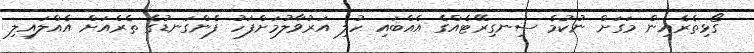
ގޯޅިތެރެއިން މަގަށް ނުކުމެ ސިނގިރޭޓެއްގެ އެއްބައި ހުލި އަރުވާލުމަށްފަހު ފެންގަނޑުގެ ތެރެއަށް އެއްލައިލި